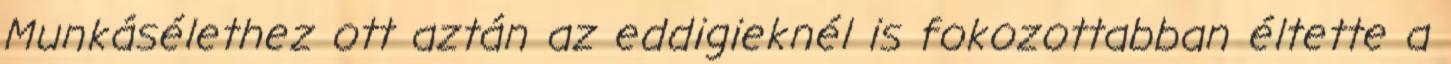
Munkásélethez ott aztán az eddigieknél is fokozottabban éltette a